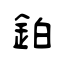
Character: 鉑